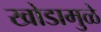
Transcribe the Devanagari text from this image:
खोडामुळे